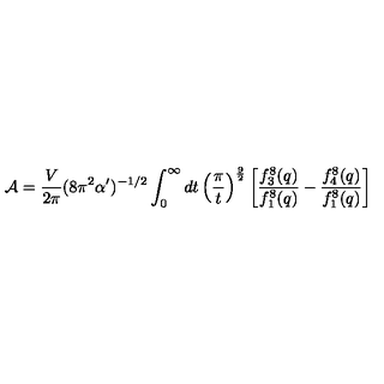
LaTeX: { \cal A } = { \frac { V } { 2 \pi } } ( 8 \pi ^ { 2 } \alpha ^ { \prime } ) ^ { - 1 / 2 } \int _ { 0 } ^ { \infty } d t \left( { \frac { \pi } { t } } \right) ^ { \frac { 9 } { 2 } } \left[ { \frac { f _ { 3 } ^ { 8 } ( q ) } { f _ { 1 } ^ { 8 } ( q ) } } - { \frac { f _ { 4 } ^ { 8 } ( q ) } { f _ { 1 } ^ { 8 } ( q ) } } \right]